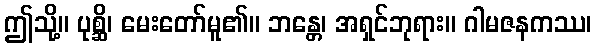
ဤသို့။ ပုစ္ဆိ၊ မေးတော်မူ၏။ ဘန္တေ၊ အရှင်ဘုရား။ ဂါမဇနကဿ၊